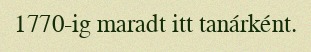
1770-ig maradt itt tanárként.